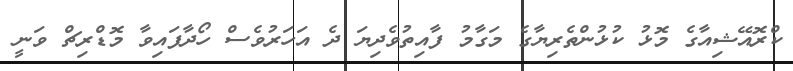
ކްރޮއޭޝިއާގެ މޮޅު ކުޅުންތެރިޔާގެ މަގާމު ފާއިތުވެދިޔަ ދެ އަހަރުވެސް ހޯދާފައިވާ މޮޑްރިޗް ވަނީ